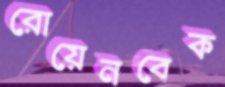
রোয়েনবেক